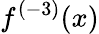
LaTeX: f^{(-3)}(x)